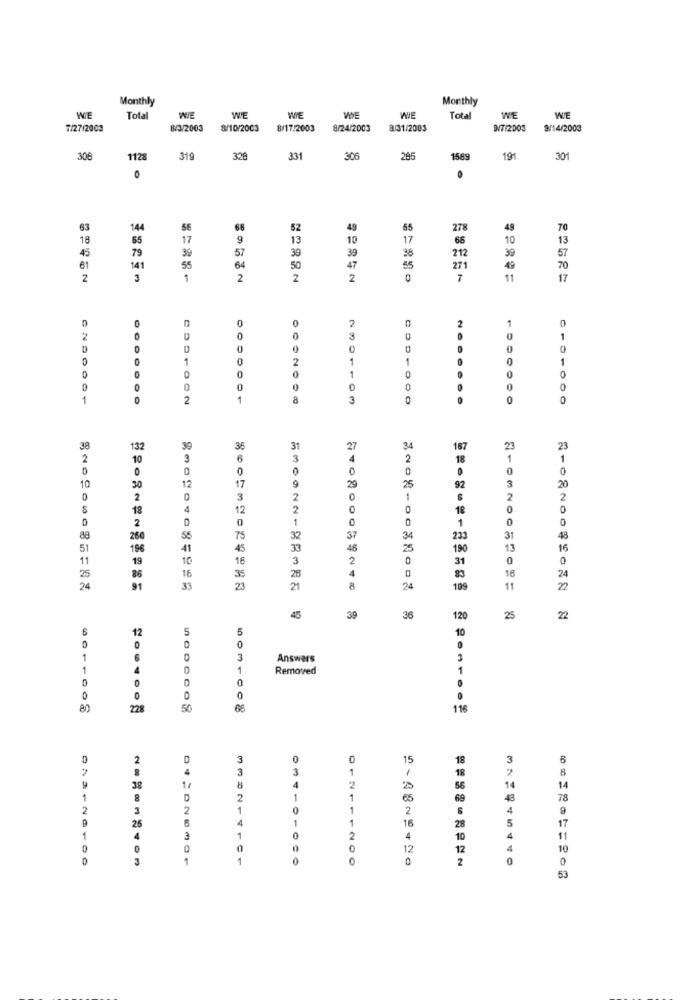
Monthly
Monthly
Total
WIE
WE
WIE
ME
WIE
Tota
WE
WE
7/27/2009
B/3/2003
8/10/2003
8/17/2003
8/24/2003
8/31/2003
9/7/2003
9/14/2003
308
1128
319
328
331
306
295
1569
191
301
63
14
56
68
52
49
55
27
49
70
18
65
17
9
13
10
17
66
10
13
45
79
39
57
39
39
212
39
57
20
61
141
55
64
50
47
55
271
49
2
3
2
2
2
0
7
11
17
0
2
2
1
2
0
D
C
0
1
2
1
0
0
1
0
0
0
1
0000000
2
1
8
3
0
38
132
30
35
31
27
167
23
23
2
10
3
6
3
2
18
1
1
0
0
0
12
29
25
10
30
17
92
3
20
2
0
3
0
2
2
18
4
12
2
0
18
0
0
0
1
0
1
0
2
32
37
260
75
34
233
31
48
51
196
41
45
33
46
25
190
13
16
11
19
10
16
3
2
0
31
0
86
16
35
28
4
18
24
0
83
24
33
21
8
24
109
11
22
45
39
36
120
25
22
12
5
5
10
0
6
D
3
Answers
4
0
1
Removed
0
COX
008
116
2
15
3
6
4
3
3
1
38
1.
2
1
00
1
1
78
2
3
2
2
4
1
16
28
1
4
3
2
11
0
0
0
12
10
0
335214101
0
034101000
0
53